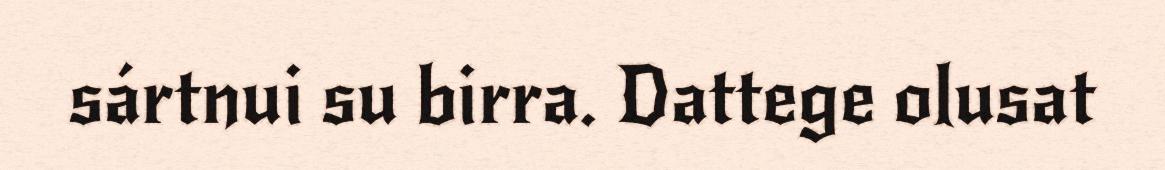
sártnui su birra. Dattege olusat